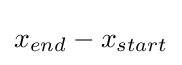
x_{end}-x_{start}